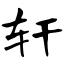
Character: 轩